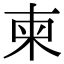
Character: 柬